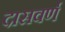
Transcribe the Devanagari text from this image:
दासवर्ण